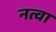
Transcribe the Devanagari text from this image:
नत्वा